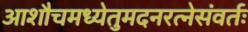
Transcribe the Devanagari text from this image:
आशौचमध्येतुमदनरत्नेसंवर्तः